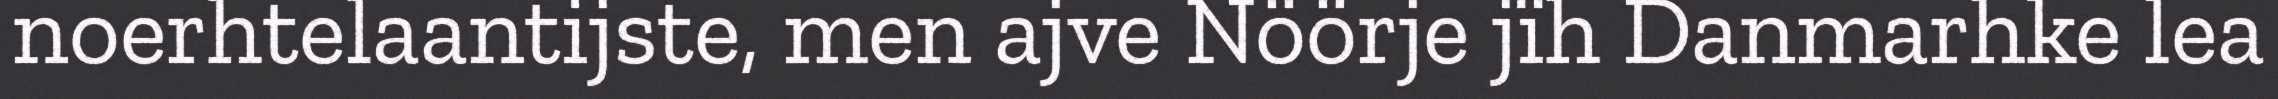
noerhtelaantijste, men ajve Nöörje jïh Danmarhke lea